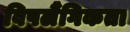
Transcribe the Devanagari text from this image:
विषलैंगिकता